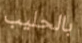
بالحليب